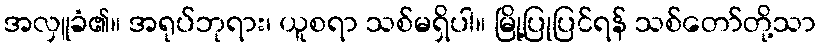
အလှူခံ၏။ အရုပ်ဘုရား၊ ယူစရာ သစ်မရှိပါ။ မြို့ပြုပြင်ရန် သစ်တော်တို့သာ